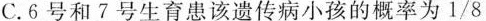
C.6号和7号生育患该遗传病小孩的概率为1/8